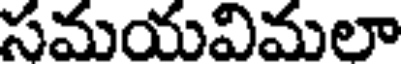
సమయవిమలా